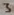
Text: 3